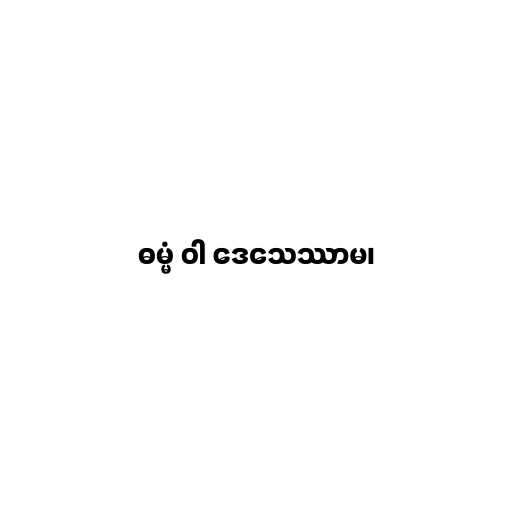
ဓမ္မံ ဝါ ဒေသေဿာမ၊